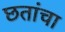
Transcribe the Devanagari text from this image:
छतांचा